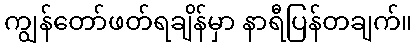
ကျွန်တော်ဖတ်ရချိန်မှာ နာရီပြန်တချက်။